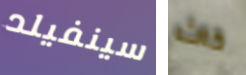
سينفيلد كاث